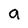
Character: a